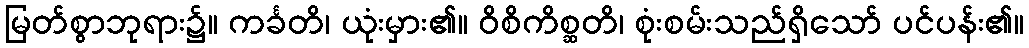
မြတ်စွာဘုရား၌။ ကင်္ခတိ၊ ယုံးမှား၏။ ဝိစိကိစ္ဆတိ၊ စုံးစမ်းသည်ရှိသော် ပင်ပန်း၏။